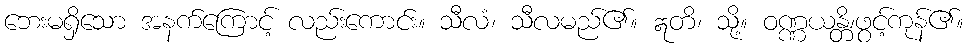
ဘေးမရှိသော အနက်ကြောင့် လည်းကောင်း။ သီလံ၊ သီလမည်၏။ ဣတိ၊ သို့။ ဝဏ္ဏယန္တိ၊ဖွင့်ကုန်၏။